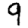
Digit: 9